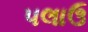
પલાઉ